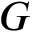
G